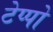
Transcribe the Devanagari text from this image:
टेप्पो